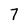
Character: 7